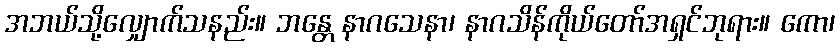
အဘယ်သို့လျှောက်သနည်း။ ဘန္တေ နာဂသေနာ၊ နာဂသိန်ကိုယ်တော်အရှင်ဘုရား။ ကော၊